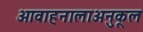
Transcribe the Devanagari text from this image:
आवाहनालाअनुकूल